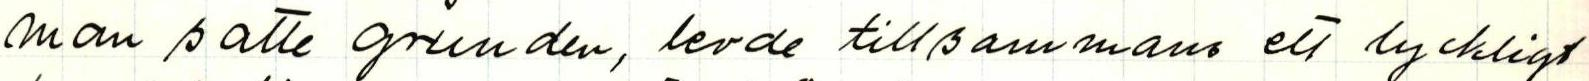
man satte grunden, levde tillsammans ett lyckligt